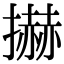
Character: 𢷓